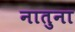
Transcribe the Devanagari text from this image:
नातुना